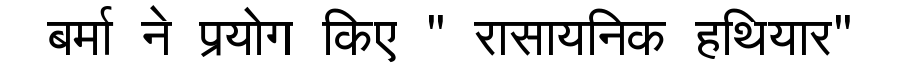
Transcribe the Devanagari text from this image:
बर्मा ने प्रयोग किए " रासायनिक हथियार"